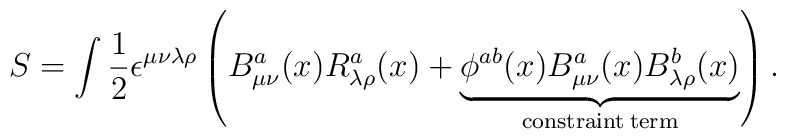
S = \int \frac{1}{2} \epsilon^{\mu\nu\lambda\rho}\left( B^a_{\mu\nu}(x)R^a_{\lambda\rho}(x) +\underbrace{ \phi^{ab}(x)B^a_{\mu\nu}(x)B^b_{\lambda\rho}(x)}_{{\rm constraint\: term}} \right).